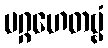
ပဂ္ဂဟေတဗ္ဗံ